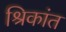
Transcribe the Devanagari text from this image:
श्रिकांत